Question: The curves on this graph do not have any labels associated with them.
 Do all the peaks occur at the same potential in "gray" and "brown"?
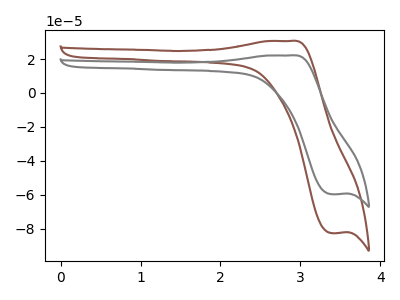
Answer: <think>The brown curve "brown" has an anodic peak at (2.85V, 30.60uA) and a cathodic peak at (3.40V, -82.55uA). The gray curve "gray" has an anodic peak at (2.85V, 22.10uA) and a cathodic peak at (3.40V, -59.65uA).</think>
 <answer>Yes, "gray" have a peak in "brown" at the same potential.</answer>
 <eval>match</eval>